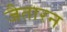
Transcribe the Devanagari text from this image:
जैतारन